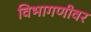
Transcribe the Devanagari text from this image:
विभागणीवर